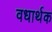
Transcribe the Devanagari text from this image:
वधार्थक